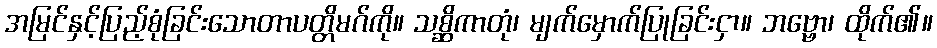
အမြင်နှင့်ပြည့်စုံခြင်းသောတာပတ္တိမဂ်ကို။ သစ္ဆိကာတုံ၊ မျက်မှောက်ပြုခြင်းငှာ။ ဘဗ္ဗော၊ ထိုက်၏။